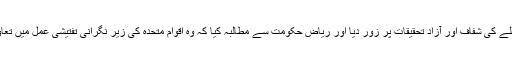
فريقين نے اس معاملے کی شفاف اور آزاد تحقيقات پر زور ديا اور رياض حکومت سے مطالبہ کيا کہ وہ اقوام متحدہ کی زير نگرانی تفتيشی عمل ميں تعاون کا مظاہرہ کرے۔